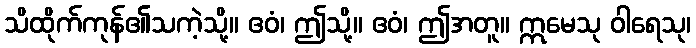
သိထိုက်ကုန်၏သကဲ့သို့။ ဧဝံ၊ ဤသို့။ ဧဝံ၊ ဤအတူ။ ဣမေသု ဝါရေသု၊